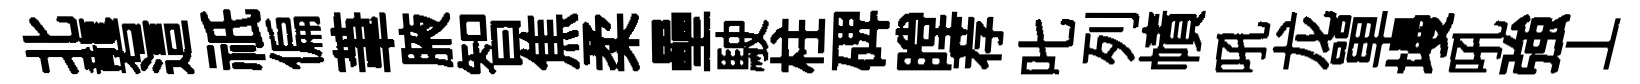
北礱這祇偏茟腋智焦柔壘駛柱𥓓瞠荐叱列幘吼龙單墁吼強丄